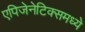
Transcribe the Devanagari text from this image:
एपिजेनेटिक्समध्ये